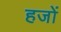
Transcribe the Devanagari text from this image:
हजों